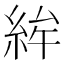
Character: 𥿵